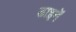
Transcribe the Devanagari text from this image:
डाइनें